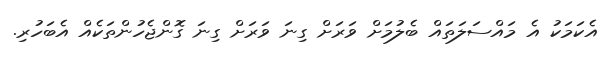
އެކަމަކު އެ މައްސަލަތައް ބެލުމަށް ވަރަށް ގިނަ ވަރަށް ގިނަ ގޮންޖެހުންތަކެއް އެބަހުރި.